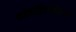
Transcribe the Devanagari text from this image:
कॉनसिएसियाओ